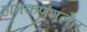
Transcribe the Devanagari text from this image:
हातकणंगलेत